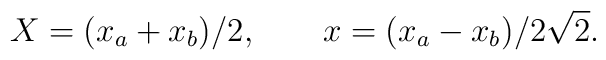
X = (x_{a} + x_{b})/2 , \qquad x = (x_{a} - x_{b})/2\sqrt{2} .